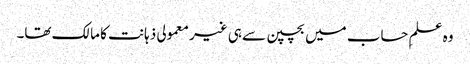
وہ علمِ حساب میں بچپن سے ہی غیر معمولی ذہانت کا مالک تھا۔